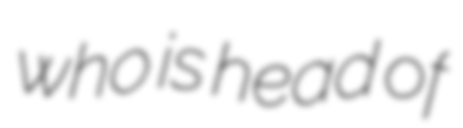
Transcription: who is head of